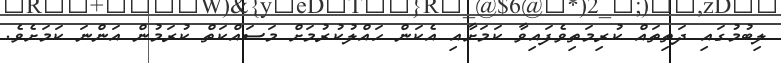
ލިބުމުގައި ދަތިތައް ކުރިމަތިވެފައިވާ ކަމަށާއި އެކަން ހައްލުކުރުމަށް މަސައްކަތް ކުރަމުން އަންނަ ކަމަށެވެ.